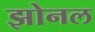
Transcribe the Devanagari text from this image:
झोनल